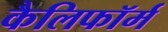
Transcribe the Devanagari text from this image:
कैलिफॉर्म